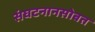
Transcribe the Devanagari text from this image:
संघटनानसोबत